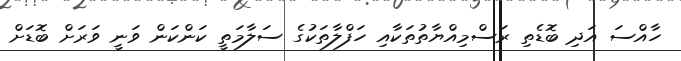
ހާއްސަ އަދި ބޮޑެތި ރަސްމިއްޔާތުތަކާއި ހަފްލާތަކުގެ ސަލާާމަތީ ކަންކަން ވަނީ ވަރަށް ބޮޑަށް